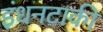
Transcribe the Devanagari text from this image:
इंधनटाकी